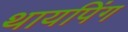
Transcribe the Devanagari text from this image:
थायपिंग